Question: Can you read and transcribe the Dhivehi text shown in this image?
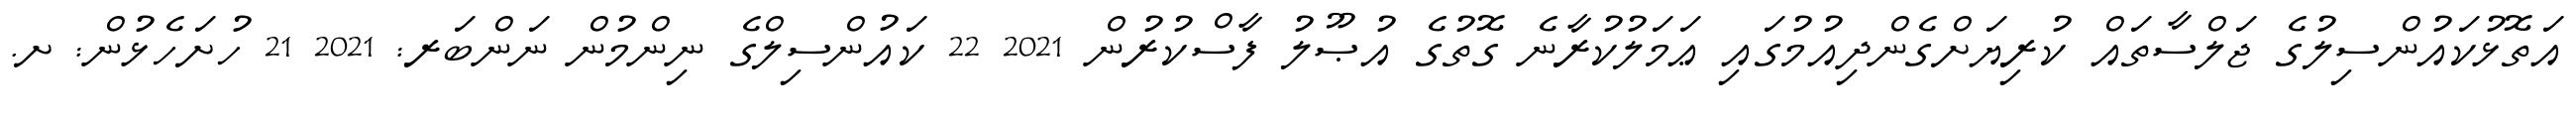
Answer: އަތޮޅުކައުންސިލުގެ ޖަލްސާތައް ކުރިޔަށްގެންދިއުމުގައި ޢަމަލުކުރާނެ ގޮތުގެ އުޞޫލު ފާސްކުރުން 2021 22 ކައުންސިލްގެ ނިންމުން ނަންބަރ: 2021 21 ހުށަހެޅުން: ށ.